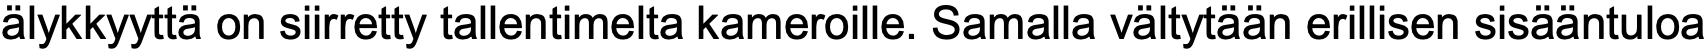
älykkyyttä on siirretty tallentimelta kameroille. Samalla vältytään erillisen sisääntuloa